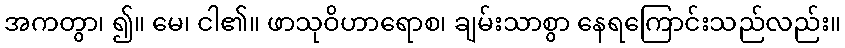
အကတွာ၊ ၍။ မေ၊ ငါ၏။ ဖာသုဝိဟာရောစ၊ ချမ်းသာစွာ နေရကြောင်းသည်လည်း။